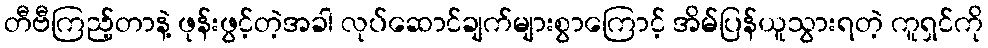
တီဗီကြည့်တာနဲ့ ဖုန်းဖွင့်တဲ့အခါ လုပ်ဆောင်ချက်များစွာကြောင့် အိမ်ပြန်ယူသွားရတဲ့ ကူရှင်ကို